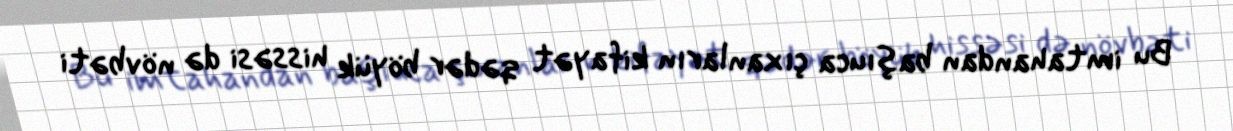
Bu imtahandan başıuca çıxanların kifayət qədər böyük hissəsi də növbəti